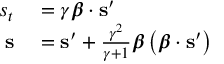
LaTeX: \begin{array} { r l } { s _ { t } } & { { } = \gamma { \boldsymbol { \beta } } \cdot \mathbf { s } ^ { \prime } } \\ { \mathbf { s } } & { { } = \mathbf { s } ^ { \prime } + { \frac { \gamma ^ { 2 } } { \gamma + 1 } } { \boldsymbol { \beta } } \left( { \boldsymbol { \beta } } \cdot \mathbf { s } ^ { \prime } \right) } \end{array}